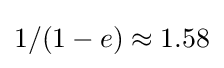
1/(1-e)\approx 1.58